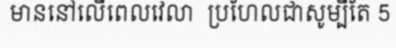
មាននៅលើពេលវេលា  ប្រហែលជាសូម្បីតែ 5